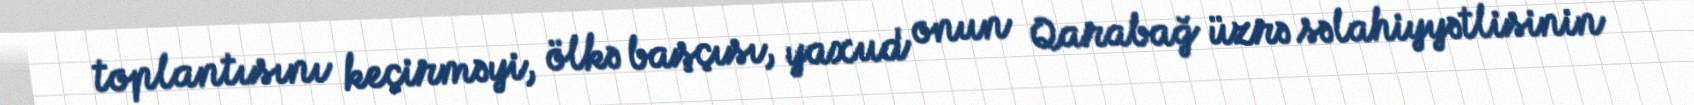
toplantısını keçirməyi, ölkə başçısı, yaxud onun Qarabağ üzrə səlahiyyətlisinin